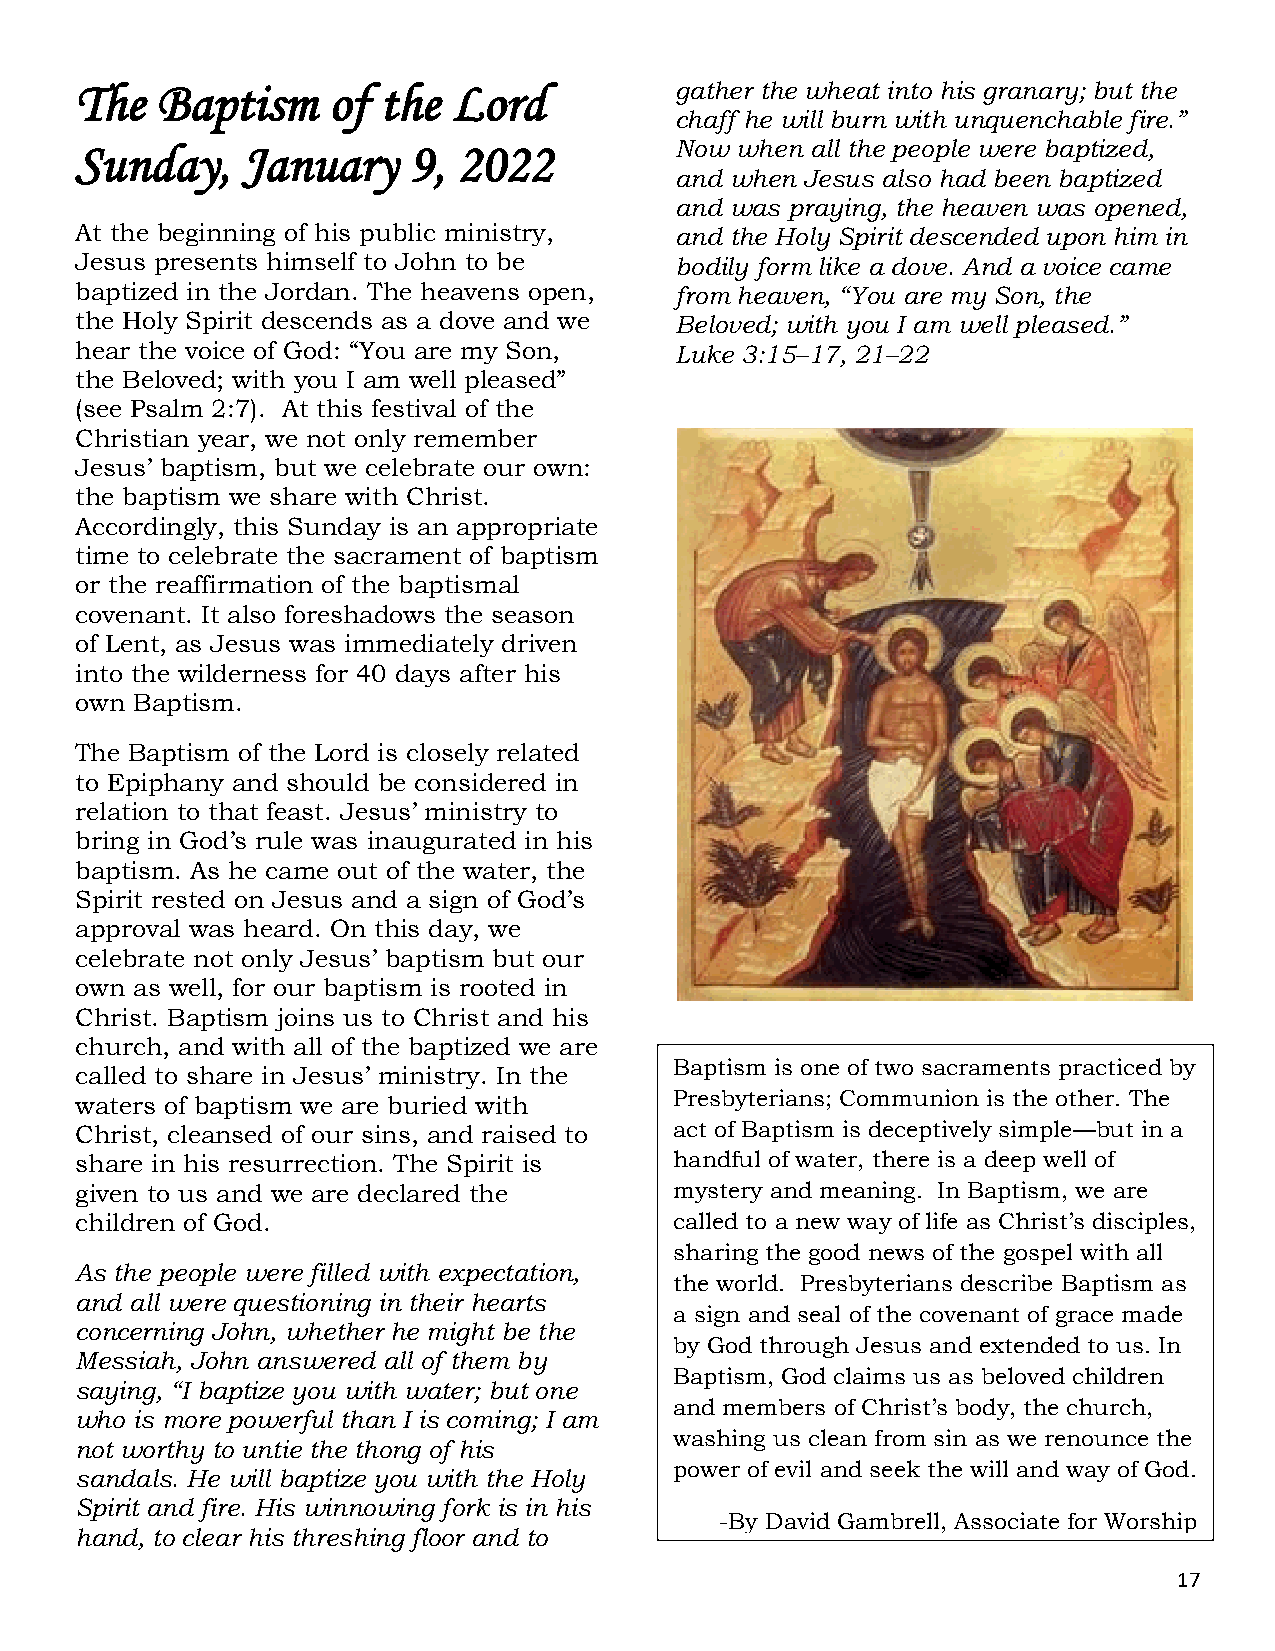
The  Baptism     of the  Lord           gather the wheat into his granary; but the
 chaff he will burn with unquenchable fire.”
 Sunday,    January    9, 2022           Now when all the people were baptized,
 and when Jesus also had been baptized
 and was praying, the heaven was opened,
 At the beginning of his public ministry, and the Holy Spirit descended upon him in
 Jesus presents himself to John to be    bodily form like a dove. And a voice came
 baptized in the Jordan. The heavens open, from heaven, “You are my Son, the
 the Holy Spirit descends as a dove and we Beloved; with you I am well pleased.”
 hear the voice of God: “You are my Son, Luke 3:15–17, 21–22
 the Beloved; with you I am well pleased”
 (see Psalm 2:7). At this festival of the
 Christian year, we not only remember
 Jesus’ baptism, but we celebrate our own:
 the baptism we share with Christ.
 Accordingly, this Sunday is an appropriate
 time to celebrate the sacrament of baptism
 or the reaffirmation of the baptismal
 covenant. It also foreshadows the season
 of Lent, as Jesus was immediately driven
 into the wilderness for 40 days after his
 own Baptism.
 The Baptism of the Lord is closely related
 to Epiphany and should be considered in
 relation to that feast. Jesus’ ministry to
 bring in God’s rule was inaugurated in his
 baptism. As he came out of the water, the
 Spirit rested on Jesus and a sign of God’s
 approval was heard. On this day, we
 celebrate not only Jesus’ baptism but our
 own as well, for our baptism is rooted in
 Christ. Baptism joins us to Christ and his
 church, and with all of the baptized we are
 Baptism is one of two sacraments practiced by
 called to share in Jesus’ ministry. In the
 P resbyterians; Communion is the other. The
 waters of baptism we are buried with
 Christ, cleansed of our sins, and raised to act of Baptism is deceptively simple—but in a
 share in his resurrection. The Spirit is handful of water, there is a deep well of
 given to us and we are declared the     mystery and meaning. In Baptism, we are
 children of God.                        called to a new way of life as Christ’s disciples,
 s haring the good news of the gospel with all
 As the people were filled with expectation,
 the world. Presbyterians describe Baptism as
 and all were questioning in their hearts
 a sign and seal of the covenant of grace made
 concerning John, whether he might be the
 by God through Jesus and extended to us. In
 Messiah, John answered all of them by
 Baptism, God claims us as beloved children
 saying, “I baptize you with water; but one
 and members of Christ’s body, the church,
 who is more powerful than I is coming; I am
 washing us clean from sin as we renounce the
 not worthy to untie the thong of his
 sandals. He will baptize you with the Holy
 p ower of evil and seek the will and way of God.
 Spirit and fire. His winnowing fork is in his
 -By David Gambrell, Associate for Worship
 hand, to clear his threshing floor and to
 PCUSA
 17
 Presbyterians have recognized baptism as one of two
 sacraments initiated by Christ in Scripture. All four